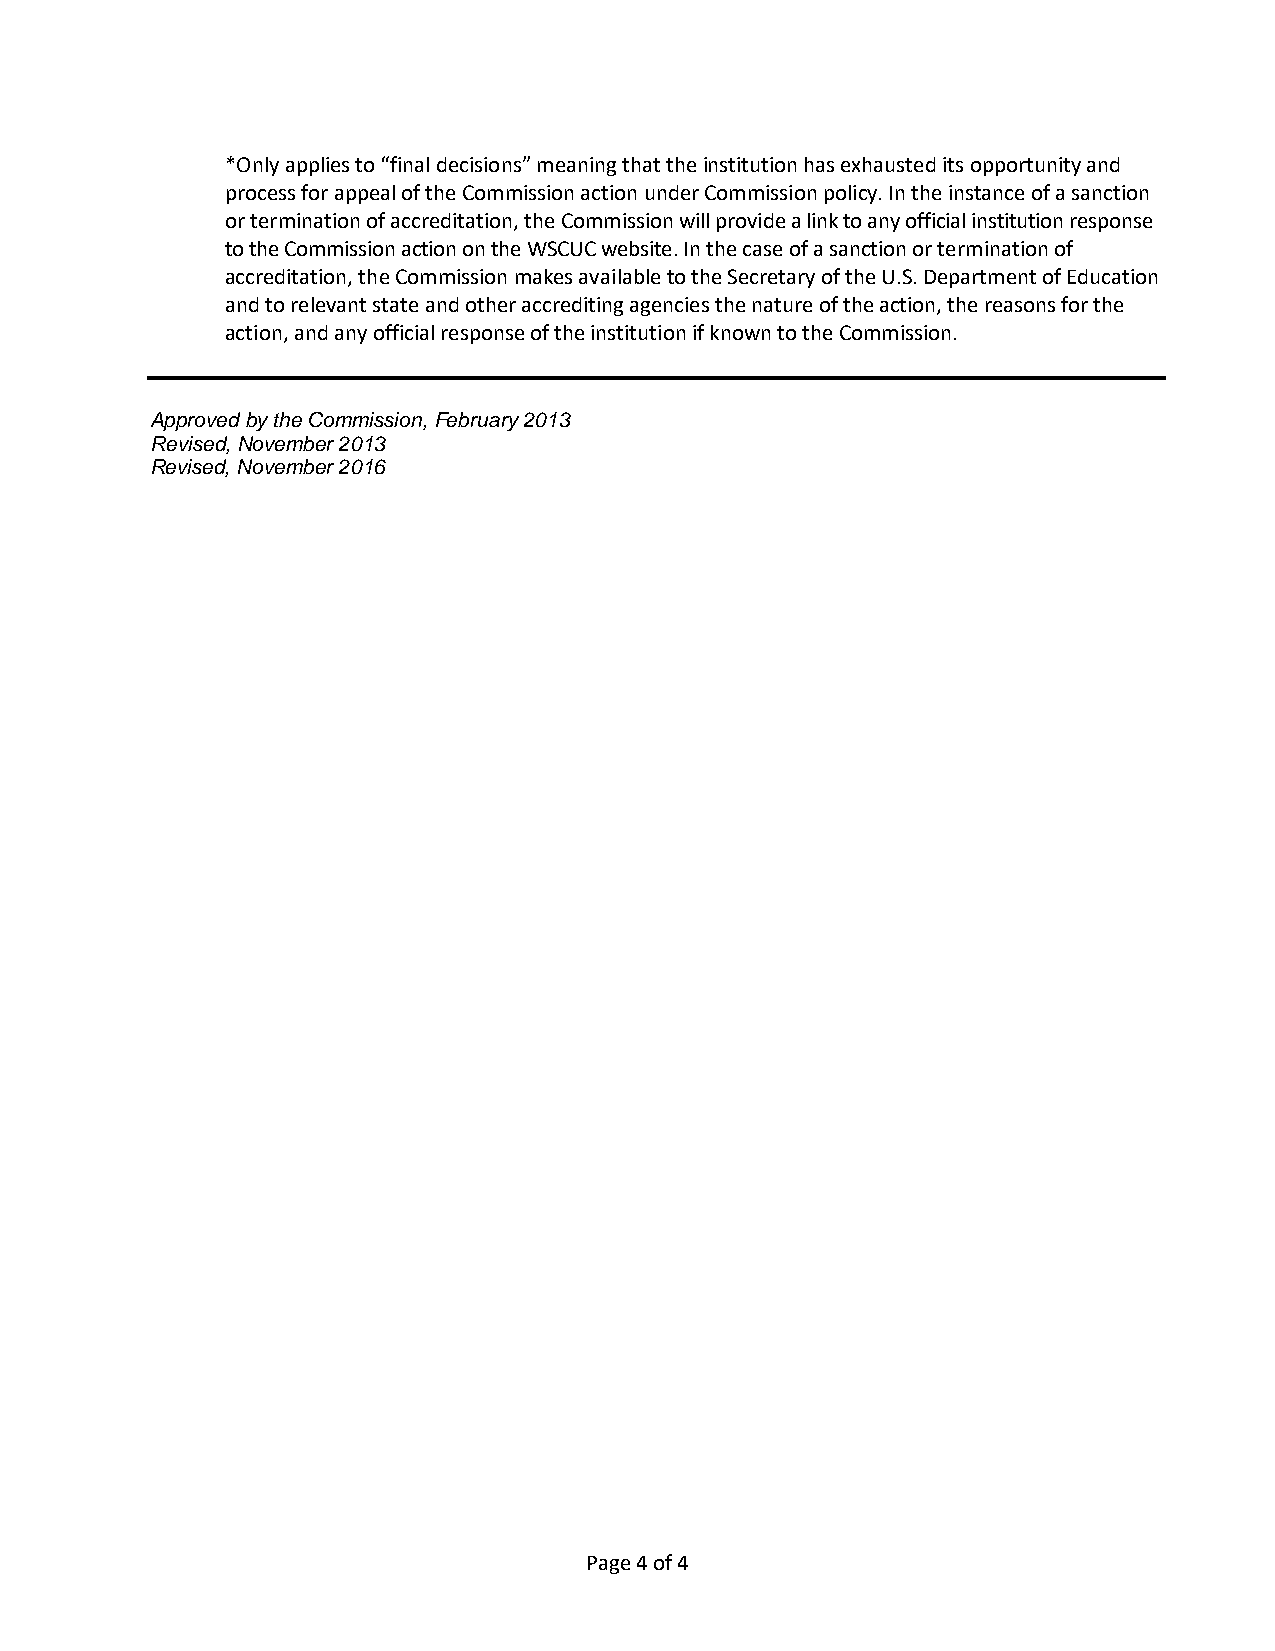
*Only applies to “final decisions” meaning that the institution has exhausted its opportunity and
 process for appeal of the Commission action under Commission policy. In the instance of a sanction
 or termination of accreditation, the Commission will provide a link to any official institution response
 to the Commission action on the WSCUC website. In the case of a sanction or termination of
 accreditation, the Commission makes available to the Secretary of the U.S. Department of Education
 and to relevant state and other accrediting agencies the nature of the action, the reasons for the
 action, and any official response of the institution if known to the Commission.
 Approved by the Commission, February 2013
 Revised, November 2013
 Revised, November 2016
 Page 4 of 4